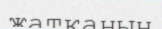
жатканын